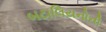
બટાલિયનોની